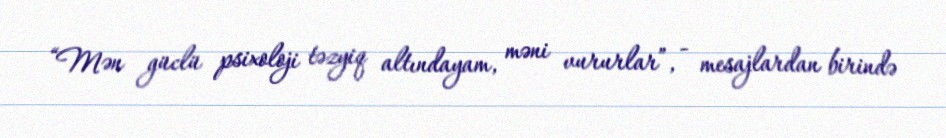
“Mən güclü psixoloji təzyiq altındayam, məni vururlar”, - mesajlardan birində